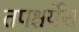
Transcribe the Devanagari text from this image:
तपश्चर्येस